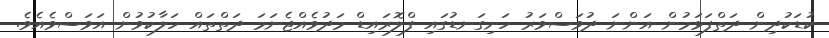
ކުޑަކުދިން ދަތްފަޅަމުން އަންނަ ދުވަސްވަރު ހަށިގަނޑުގައި ފްލޮރައިޑް މަދުވެއްޖެނަމަ ދަތްތައް ހަލާކުވުން އަވަސްވެއެވެ.